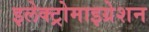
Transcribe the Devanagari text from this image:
इलेक्ट्रोमाइग्रेशन